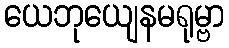
ယေဘုယျေနမရုမ္ဗာ